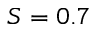
S = 0 . 7